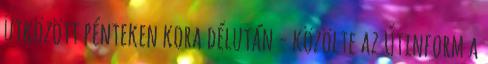
ütközött pénteken kora délután - közölte az Útinform a